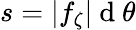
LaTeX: s=\lvert f_{\zeta}\vert\mathrm{~d~}\theta